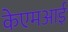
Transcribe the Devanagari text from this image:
केएमआई